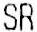
SR